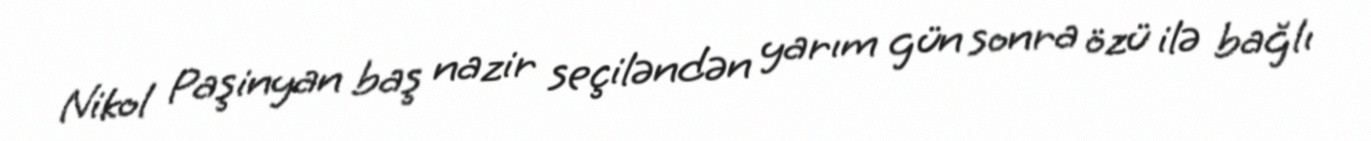
Nikol Paşinyan baş nazir seçiləndən yarım gün sonra özü ilə bağlı